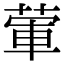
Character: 葷